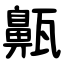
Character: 齀